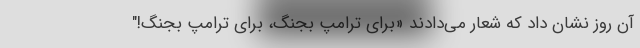
آن روز نشان داد که شعار می‌دادند «برای ترامپ بجنگ، برای ترامپ بجنگ!"